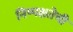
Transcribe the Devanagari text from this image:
निष्‍पक्षतेची